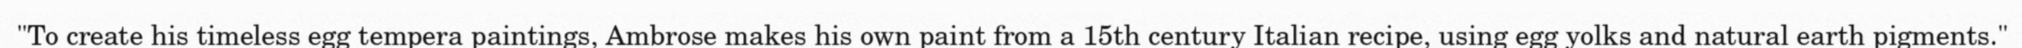
"To create his timeless egg tempera paintings, Ambrose makes his own paint from a 15th century Italian recipe, using egg yolks and natural earth pigments."